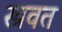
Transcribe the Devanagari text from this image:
स्त्रवत